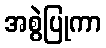
အစွဲပြုကာ